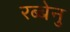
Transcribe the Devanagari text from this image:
रब्बेनु